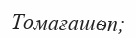
Томағашөп;